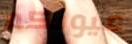
عيونكم